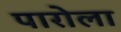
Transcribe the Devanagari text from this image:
पारोला